Civil Veterinary Dept. Bombay admin report 1914-1922 - 1914-1922
Year: 1914
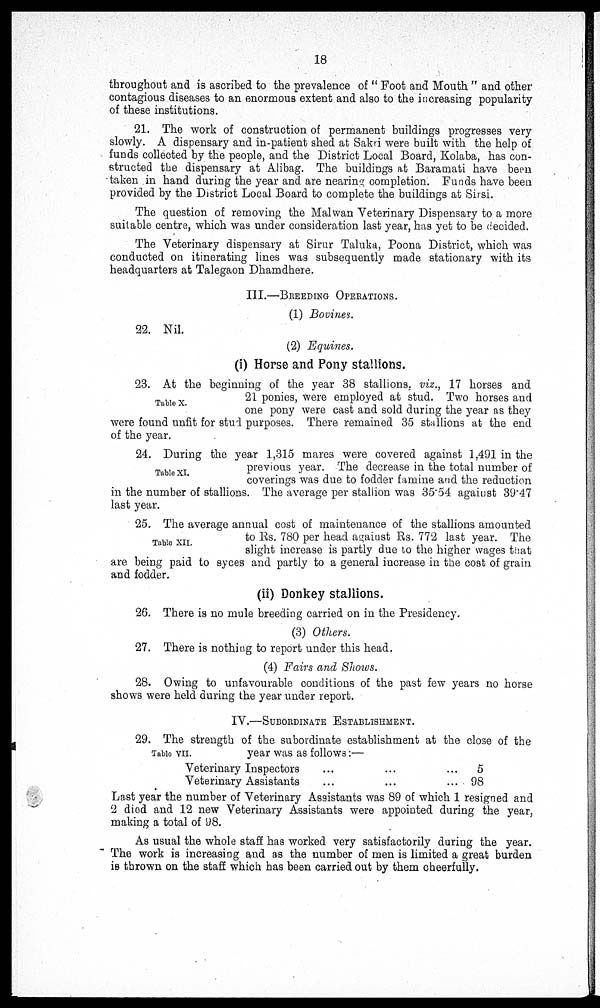
18
throughout and is ascribed to the prevalence of " Foot and Mouth " and other
contagious diseases to an enormous extent and also to the increasing popularity
of these institutions.
21. The work of construction of permanent buildings progresses very
slowly. A dispensary and in-patient shed at Sakri were built with the help of
funds collected by the people, and the District Local Board, Kolaba, has con-
structed the dispensary at Alibag. The buildings at Baramati have been
taken in hand during the year and are nearing completion. Funds have been
provided by the District Local Board to complete the buildings at Sirsi.
The question of removing the Malwan Veterinary Dispensary to a more
suitable centre, which was under consideration last year, has yet to be decided.
The Veterinary dispensary at Sirur Taluka, Poona District, which was
conducted on itinerating lines was subsequently made stationary with its
headquarters at Talegaon Dhamdhere.
III.—BREEDING OPERATIONS.
(1) Bovines.
22. Nil.
(2) Equines.
(i) Horse and Pony stallions.
Table X.
23. At the beginning of the year 38 stallions. viz., 17 horses and
21 ponies, were employed at stud. Two horses and
one pony were cast and sold during the year as they
were found unfit for stud purposes. There remained 35 stallions at the end
of the year.
Table XI.
24. During the year 1,315 mares were covered against 1,491 in the
previous year. The decrease in the total number of
coverings was due to fodder famine and the reduction
in the number of stallions. The average per stallion was 35.54 against 39.47
last year.
Table XII.
25. The average annual cost of maintenance of the stallions amounted
to Rs. 780 per head against Rs. 772 last year. The
slight increase is partly due to the higher wages that
are being paid to syces and partly to a general increase in the cost of grain
and fodder.
(ii) Donkey stallions.
26. There is no mule breeding carried on in the Presidency.
(3) Others.
27. There is nothing to report under this head.
(4) Fairs and Shows.
28. Owing to unfavourable conditions of the past few years no horse
shows were held during the year under report.
IV.—SUBORDINATE ESTABLISHMENT.
Table VII.
29. The strength of the subordinate establishment at the close of the
year was as follows:—
Veterinary Inspectors ... ... ...
Veterinary Assistants ... ... ...
5
98
Last year the number of Veterinary Assistants was 89 of which 1 resigned and
2 died and 12 new Veterinary Assistants were appointed during the year,
making a total of 98.
As usual the whole staff has worked very satisfactorily during the year.
The work is increasing and as the number of men is limited a great burden
is thrown on the staff which has been carried out by them cheerfully.